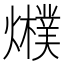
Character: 𤒊